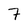
Character: 7